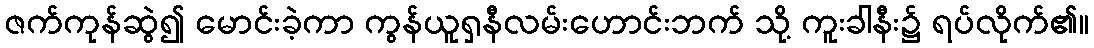
ဇက်ကုန်ဆွဲ၍ မောင်းခဲ့ကာ ကွန်ယူရှနီလမ်းဟောင်းဘက် သို့ ကူးခါနီး၌ ရပ်လိုက်၏။